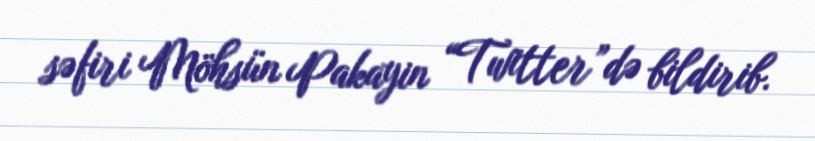
səfiri Möhsün Pakayin “Twitter”də bildirib.